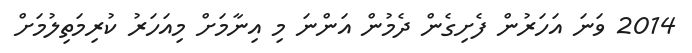
2014 ވަނަ އަހަރުން ފެށިގެން ދެމުން އަންނަ މި އިނާމަށް މިއަހަރު ކުރިމަތިލުމަށް